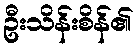
ဦးသိန်းစိန်၏